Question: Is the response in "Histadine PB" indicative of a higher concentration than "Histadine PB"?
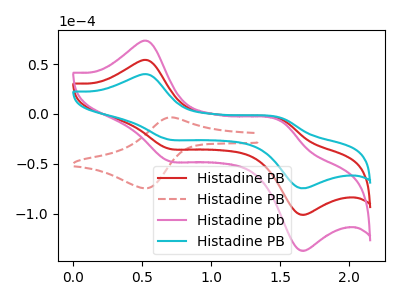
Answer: <think>The red curve "Histadine PB" has anodic peaks at (0.55V, 53.85uA) (1.50V, -5.55uA) and cathodic peaks at (0.70V, -34.60uA) (1.65V, -100.45uA). The red dashed curve "Histadine PB" has an anodic peak at (0.70V, -3.45uA) and a cathodic peak at (0.55V, -74.45uA). The pink curve "Histadine pb" has anodic peaks at (0.55V, 107.65uA) (1.50V, -11.05uA) and cathodic peaks at (0.70V, -69.15uA) (1.65V, -200.85uA). The cyan curve "Histadine PB" has anodic peaks at (0.55V, 39.70uA) (1.50V, -4.10uA) and cathodic peaks at (0.70V, -25.50uA) (1.65V, -74.05uA).
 All the peaks in "Histadine PB" have a peak in "Histadine PB" at the same potential.</think>
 <answer>I cant tell if "Histadine PB" or "Histadine PB" has more signal.</answer>
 <eval>mixed_signal</eval>